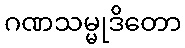
ဂဏသမ္မုဒိတော